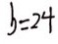
b = 2 4